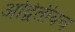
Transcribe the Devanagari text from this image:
अद्वितीयच